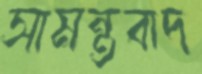
সামন্তবাদ